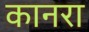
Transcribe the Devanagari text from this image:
कानरा